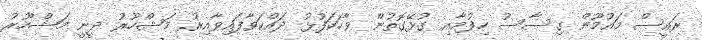
ރައީސް މައުމޫން ގިސާސު ހިފުމާއި ގުޅޭގޮތުން ވާހަކަފުޅު ދައްކަވާފައިވާއިރު މަޝްހޫރު ދީނީ މަޝްހޫރު